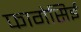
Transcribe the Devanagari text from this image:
फागेसिई